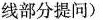
线部分提问)